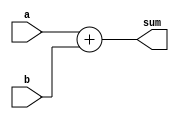
module four_bit_adder(
    input [3:0] a,
    input [3:0] b,
    output [4:0] sum
);

reg [4:0] c;

always @(*)
begin
    c = a + b;
    sum = c;
end

endmodule